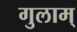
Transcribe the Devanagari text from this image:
गुलाम्